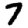
Digit: 7